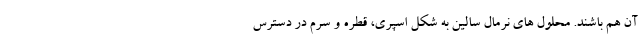
آن هم باشند. محلول های نرمال سالین به شکل اسپری، قطره و سرم در دسترس